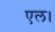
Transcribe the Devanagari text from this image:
एल।